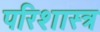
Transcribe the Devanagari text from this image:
परिशास्त्र